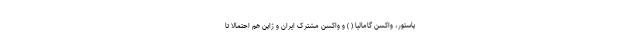
پاستور، واکسن گامالیا ( ) و واکسن مشترک ایران و ژاپن هم احتمالا تا